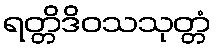
ရတ္တိဒိဝသသုတ္တံ